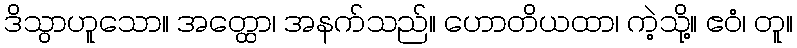
ဒိသွာဟူသော။ အတ္ထော၊ အနက်သည်။ ဟောတိယထာ၊ ကဲ့သို့။ ဧဝံ၊ တူ။